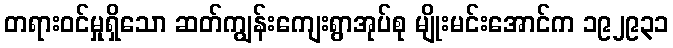
တရားဝင်မှုရှိသော ဆတ်ကျွန်းကျေးရွာအုပ်စု မျိုးမင်းအောင်က ၁၉၂၉၃၁